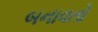
બનાવતો